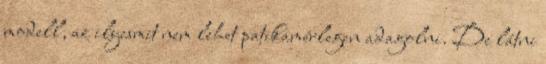
modell, az ilyesmit nem lehet patikamérlegen adagolni. De látni